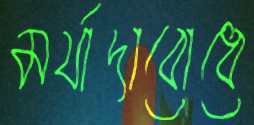
মর্যাদাবোধে